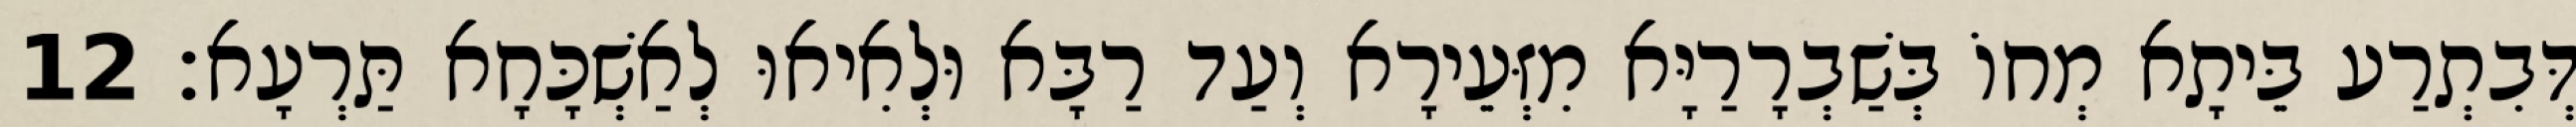
דְּבִתְרַע בֵּיתָא מְחוֹ בְּשַׁבְרָרַיָּא מִזְּעֵירָא וְעַד רַבָּא וּלְאִיאוּ לְאַשְׁכָּחָא תַּרְעָא׃ 12